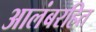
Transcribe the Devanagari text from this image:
आलंबरहित